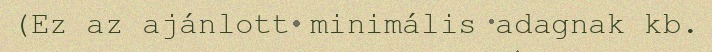
(Ez az ajánlott minimális adagnak kb.